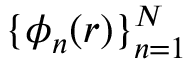
\{ \phi _ { n } ( \boldsymbol { r } ) \} _ { n = 1 } ^ { N }